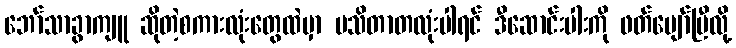
ဘော်သာခွာကျူ ဆိုတဲ့စကားလုံးတွေထဲမှာ မသိတာတလုံးပါရင် ဒီဆောင်းပါးကို ဖတ်ပျော်ပြီလို့